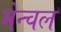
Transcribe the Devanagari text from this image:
मेन्चल